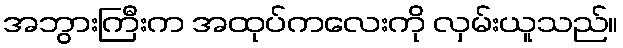
အဘွားကြီးက အထုပ်ကလေးကို လှမ်းယူသည်။